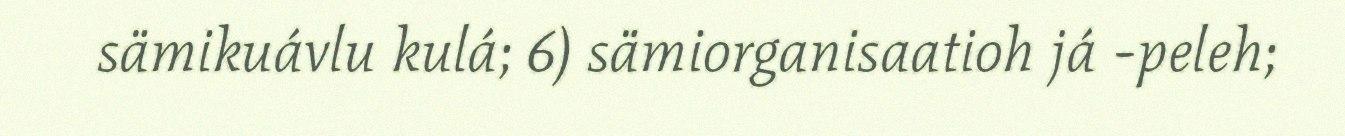
sämikuávlu kulá; 6) sämiorganisaatioh já -peleh;